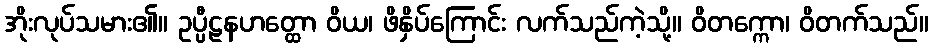
အိုးလုပ်သမား၏။ ဥပ္ပီဠနဟတ္ထော ဝိယ၊ ဖိနှိပ်ကြောင်း လက်သည်ကဲ့သို့။ ဝိတက္ကော၊ ဝိတက်သည်။